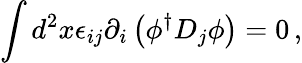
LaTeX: \int d^{2}x\epsilon_{ij}\partial_{i}\left(\phi^{\dagger}D_{j}\phi\right)=0\, ,